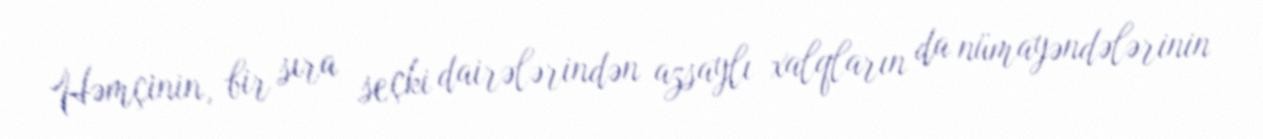
Həmçinin, bir sıra seçki dairələrindən azsaylı xalqların da nümayəndələrinin